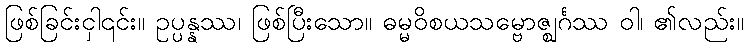
ဖြစ်ခြင်းငှါ၎င်း။ ဥပ္ပန္နဿ၊ ဖြစ်ပြီးသော။ ဓမ္မဝိစယသမ္ဗောဇ္ဈင်္ဂဿ ဝါ၊ ၏လည်း။